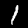
Label: 1